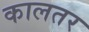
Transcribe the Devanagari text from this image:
कालतर